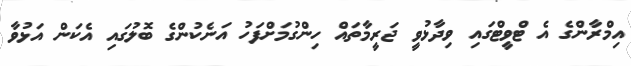
އިމްރާންގެ އެ ޓްވީޓްގައި ވިދާޅުވީ ޖަރީމާތަައް ހިންގުމަށްފަހު އަނެކުންގެ ބޮލުގައި އެކަން އަޅުވާ